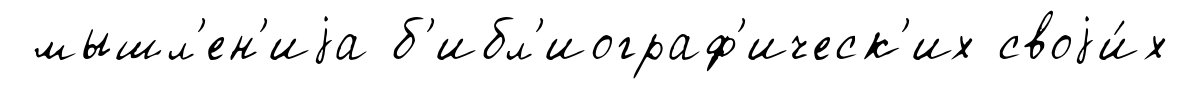
мышл'ен'иjа б'ибл'иограф'ическ'их своjи́х